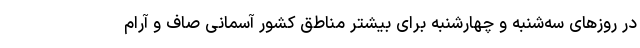
در روز‌های سه‌شنبه و چهارشنبه برای بیشتر مناطق کشور آسمانی صاف و آرام